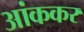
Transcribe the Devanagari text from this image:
आंककर